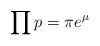
LaTeX: \begin{align*} \prod p = \pi e^{\mu} \end{align*}